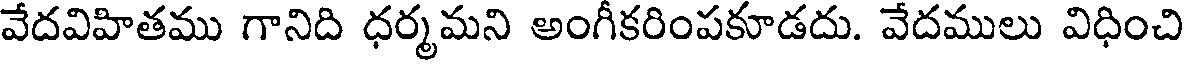
వేదవిహితము గానిది ధర్మమని అంగీకరింపకూడదు. వేదములు విధించి